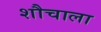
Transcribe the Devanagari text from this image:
शौचाला